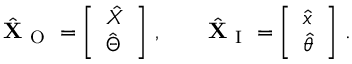
\hat { \mathbf { X } } _ { \mathrm { ~ O ~ } } = \left[ \begin{array} { l } { \hat { X } } \\ { \hat { \Theta } } \end{array} \right] \, , \qquad \hat { \mathbf { X } } _ { \mathrm { ~ I ~ } } = \left[ \begin{array} { l } { \hat { x } } \\ { \hat { \theta } } \end{array} \right] \, .